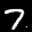
Label: 7